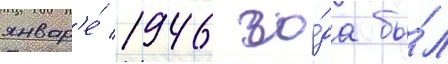
январ'е́ 1946 го́да бы́л